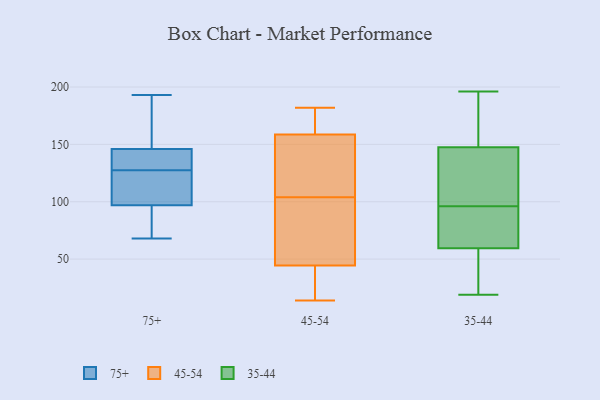
{"axis": {"x": "Active Users", "y": "Value"}, "legend": ["35-44", "45-54", "75+"], "data": [{"x": "", "y": 182, "type": "75+"}, {"x": "", "y": 139, "type": "75+"}, {"x": "", "y": 119, "type": "75+"}, {"x": "", "y": 86, "type": "75+"}, {"x": "", "y": 143, "type": "75+"}, {"x": "", "y": 68, "type": "75+"}, {"x": "", "y": 146, "type": "75+"}, {"x": "", "y": 136, "type": "75+"}, {"x": "", "y": 80, "type": "75+"}, {"x": "", "y": 103, "type": "75+"}, {"x": "", "y": 193, "type": "75+"}, {"x": "", "y": 110, "type": "75+"}, {"x": "", "y": 182, "type": "75+"}, {"x": "", "y": 97, "type": "75+"}, {"x": "", "y": 33, "type": "45-54"}, {"x": "", "y": 133, "type": "45-54"}, {"x": "", "y": 42, "type": "45-54"}, {"x": "", "y": 182, "type": "45-54"}, {"x": "", "y": 60, "type": "45-54"}, {"x": "", "y": 112, "type": "45-54"}, {"x": "", "y": 162, "type": "45-54"}, {"x": "", "y": 42, "type": "45-54"}, {"x": "", "y": 148, "type": "45-54"}, {"x": "", "y": 104, "type": "45-54"}, {"x": "", "y": 14, "type": "45-54"}, {"x": "", "y": 178, "type": "45-54"}, {"x": "", "y": 173, "type": "45-54"}, {"x": "", "y": 52, "type": "45-54"}, {"x": "", "y": 70, "type": "45-54"}, {"x": "", "y": 67, "type": "35-44"}, {"x": "", "y": 134, "type": "35-44"}, {"x": "", "y": 159, "type": "35-44"}, {"x": "", "y": 25, "type": "35-44"}, {"x": "", "y": 79, "type": "35-44"}, {"x": "", "y": 95, "type": "35-44"}, {"x": "", "y": 67, "type": "35-44"}, {"x": "", "y": 125, "type": "35-44"}, {"x": "", "y": 158, "type": "35-44"}, {"x": "", "y": 196, "type": "35-44"}, {"x": "", "y": 86, "type": "35-44"}, {"x": "", "y": 52, "type": "35-44"}, {"x": "", "y": 157, "type": "35-44"}, {"x": "", "y": 19, "type": "35-44"}, {"x": "", "y": 34, "type": "35-44"}, {"x": "", "y": 174, "type": "35-44"}, {"x": "", "y": 138, "type": "35-44"}, {"x": "", "y": 116, "type": "35-44"}, {"x": "", "y": 97, "type": "35-44"}, {"x": "", "y": 22, "type": "35-44"}]}